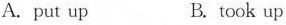
A.put up B. took up